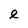
Character: e